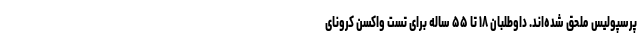
پرسپولیس ملحق شده‌اند. داوطلبان ۱۸ تا ۵۵ ساله برای تست واکسن کرونای